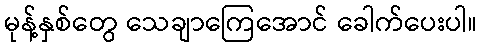
မုန့်နှစ်တွေ သေချာကြေအောင် ခေါက်ပေးပါ။